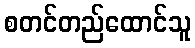
စတင်တည်ထောင်သူ